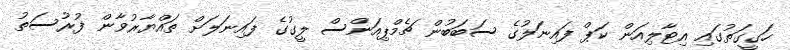
ހަގީގަތުގައި އިޓާލިއަން ކަޕް ފައިނަލުގެ ސަބަބުން ޗެމްޕިއަންސް ލީގުގެ ފައިނަލަށް ތައްޔާރުވާން ފުރުސަތު